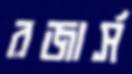
রজার্স